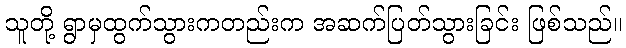
သူတို့ ရွာမှထွက်သွားကတည်းက အဆက်ပြတ်သွားခြင်း ဖြစ်သည်။